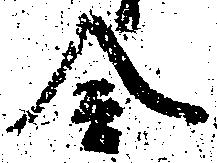
会